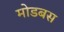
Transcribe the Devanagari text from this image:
मोडबस